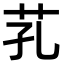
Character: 芤